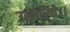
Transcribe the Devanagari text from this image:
उखारिये।।